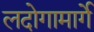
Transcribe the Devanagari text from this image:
लदोगामार्गे